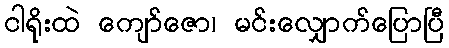
ငါရိုးထဲ ကျော်ဇော၊ မင်းလျှောက်ပြောပြီ